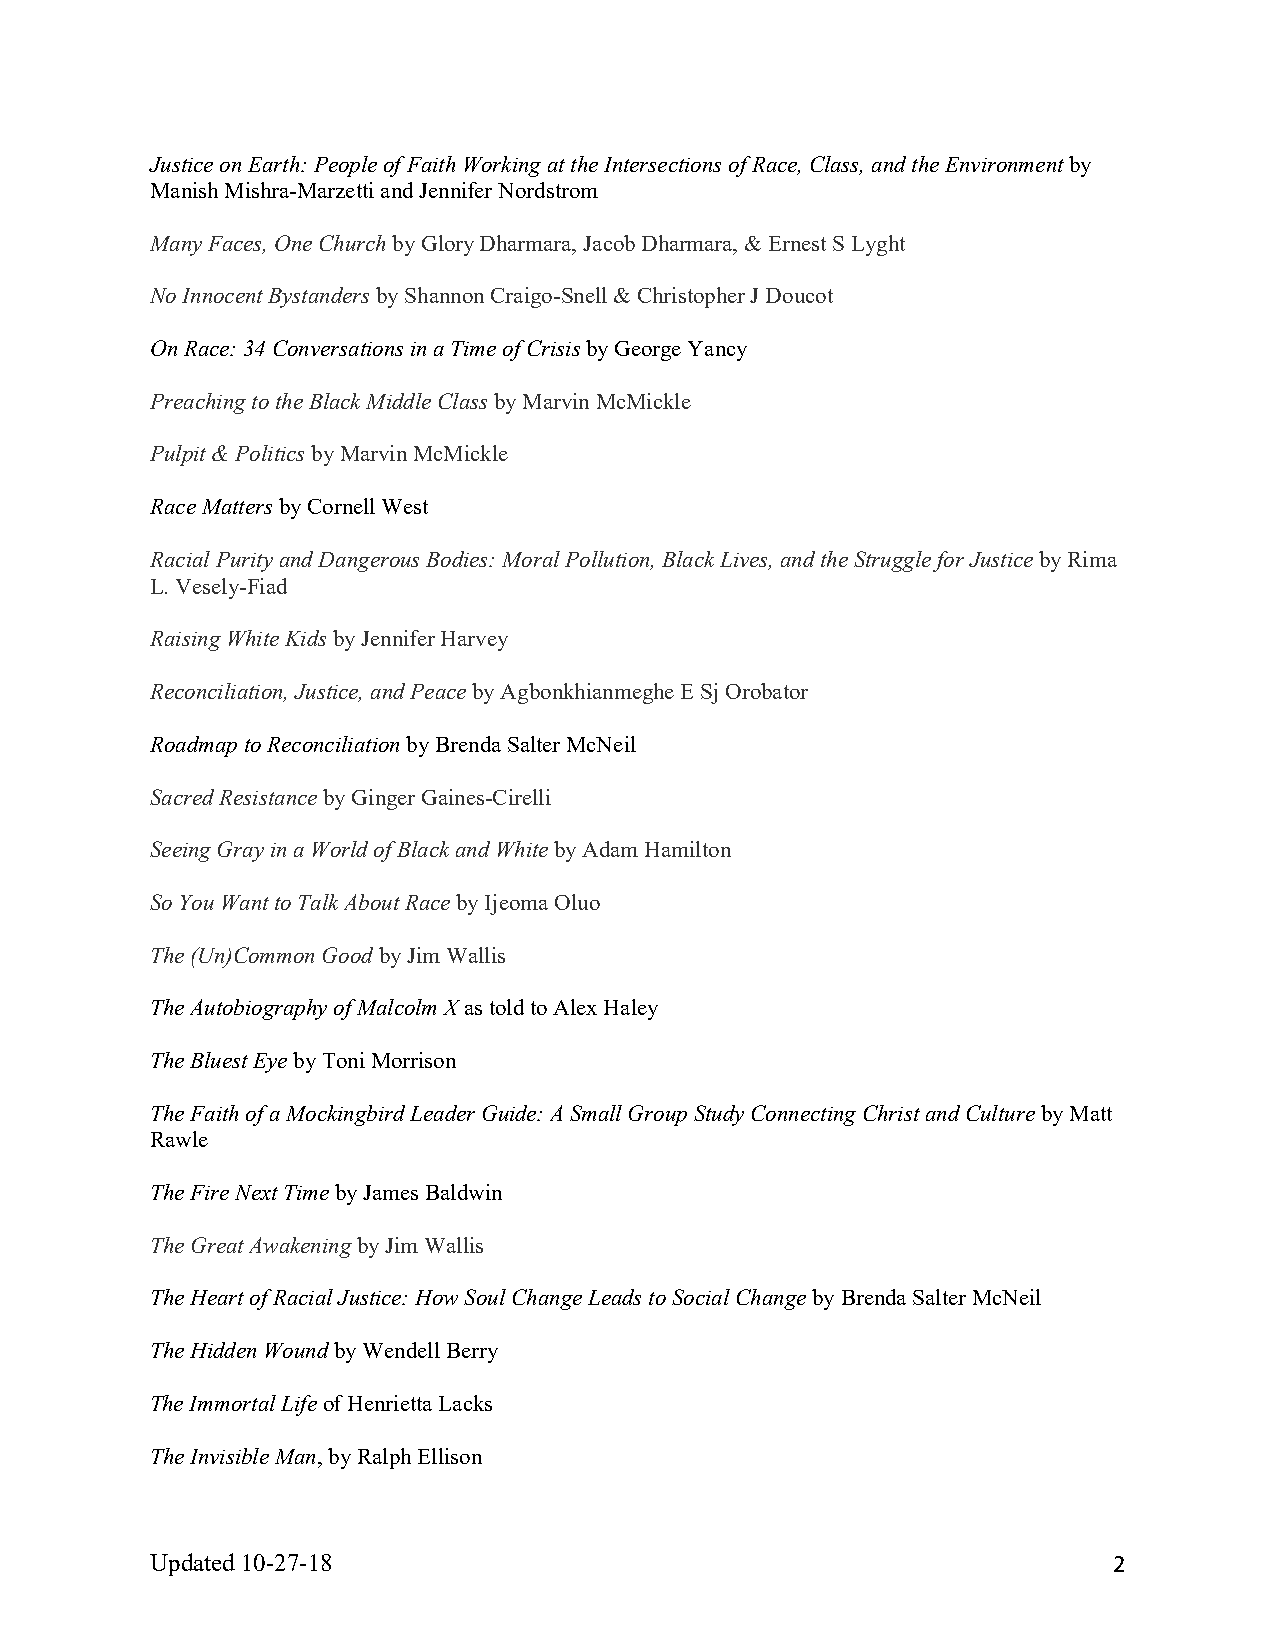
Justice on Earth: People of Faith Working at the Intersections of Race, Class, and the Environment by
 Manish Mishra-Marzetti and Jennifer Nordstrom
 Many Faces, One Church by Glory Dharmara, Jacob Dharmara, & Ernest S Lyght
 No Innocent Bystanders by Shannon Craigo-Snell & Christopher J Doucot
 On Race: 34 Conversations in a Time of Crisis by George Yancy
 Preaching to the Black Middle Class by Marvin McMickle
 Pulpit & Politics by Marvin McMickle
 Race Matters by Cornell West
 Racial Purity and Dangerous Bodies: Moral Pollution, Black Lives, and the Struggle for Justice by Rima
 L. Vesely-Fiad
 Raising White Kids by Jennifer Harvey
 Reconciliation, Justice, and Peace by Agbonkhianmeghe E Sj Orobator
 Roadmap to Reconciliation by Brenda Salter McNeil
 Sacred Resistance by Ginger Gaines-Cirelli
 Seeing Gray in a World of Black and White by Adam Hamilton
 So You Want to Talk About Race by Ijeoma Oluo
 The (Un)Common Good by Jim Wallis
 The Autobiography of Malcolm X as told to Alex Haley
 The Bluest Eye by Toni Morrison
 The Faith of a Mockingbird Leader Guide: A Small Group Study Connecting Christ and Culture by Matt
 Rawle
 The Fire Next Time by James Baldwin
 The Great Awakening by Jim Wallis
 The Heart of Racial Justice: How Soul Change Leads to Social Change by Brenda Salter McNeil
 The Hidden Wound by Wendell Berry
 The Immortal Life of Henrietta Lacks
 The Invisible Man, by Ralph Ellison
 Updated 10-27-18                                                2